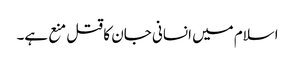
اسلام میں انسانی جان کا قتل منع ہے۔